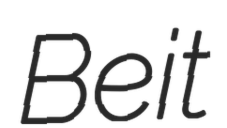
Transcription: Beit